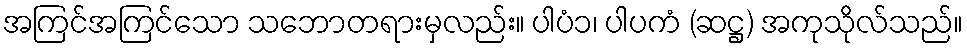
အကြင်အကြင်သော သဘောတရားမှလည်း။ ပါပံ၁၊ ပါပကံ (ဆဋ္ဌ) အကုသိုလ်သည်။